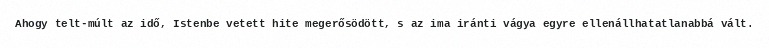
Ahogy telt-múlt az idő, Istenbe vetett hite megerősödött, s az ima iránti vágya egyre ellenállhatatlanabbá vált.